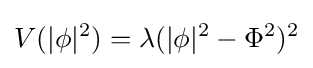
V(|\phi |^{2})=\lambda (|\phi |^{2}-\Phi ^{2})^{2}